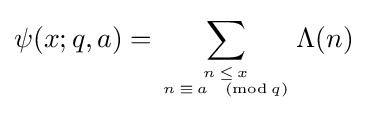
\psi (x;q,a)=\sum _{n\,\leq \,x \atop n\,\equiv \,a\!{\pmod {\!q}}}\Lambda (n)